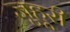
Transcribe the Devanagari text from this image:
जुहूरी